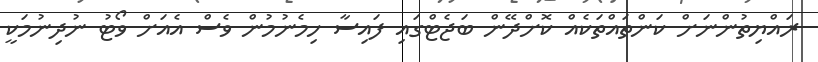
ރައްޔިތުންނަށް ކަންތައްތަކެއް ކޮށްދޭން ބަޖެޓްގައި ފައިސާ ހިމެނުމުން ވެސް އެއަށް ވޯޓު ނުދިނުމަކީ